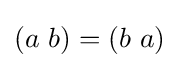
(a~b)=(b~a)